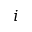
i